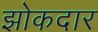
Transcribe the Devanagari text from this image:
झोकदार